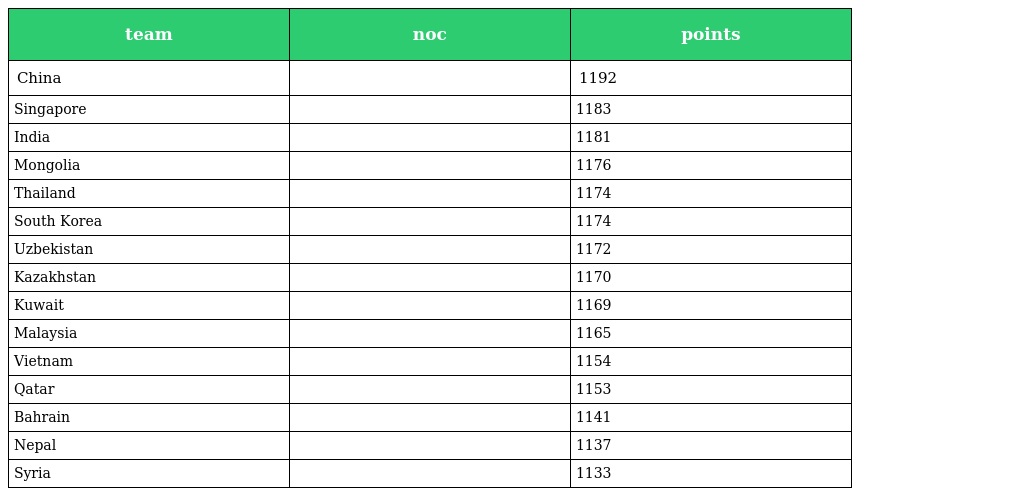
| team | noc | points |
 | --- | --- | --- |
 | China |  | 1192 |
 | Singapore |  | 1183 |
 | India |  | 1181 |
 | Mongolia |  | 1176 |
 | Thailand |  | 1174 |
 | South Korea |  | 1174 |
 | Uzbekistan |  | 1172 |
 | Kazakhstan |  | 1170 |
 | Kuwait |  | 1169 |
 | Malaysia |  | 1165 |
 | Vietnam |  | 1154 |
 | Qatar |  | 1153 |
 | Bahrain |  | 1141 |
 | Nepal |  | 1137 |
 | Syria |  | 1133 |